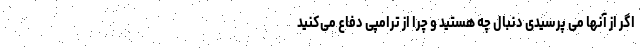
اگر از آنها می پرسیدی دنبال چه هستید و چرا از ترامپی دفاع می‌کنید